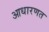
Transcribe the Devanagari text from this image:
आधारणत